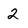
Character: 2